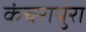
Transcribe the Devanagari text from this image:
कंचरापुरा